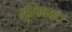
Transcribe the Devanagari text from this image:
सुचिबदध